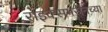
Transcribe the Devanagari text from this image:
राइक्समरीनच्या